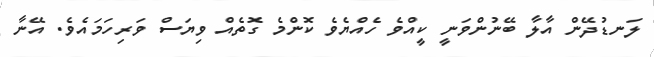
ލަނޑުދޭން އާލާ ބޭނުންވަނީ ކީއްވެ ހެއްޔެވެ ކޮންމެ ގޮތެއް ވިޔަސް ވަރިހަމައެވެ. އޭނާ